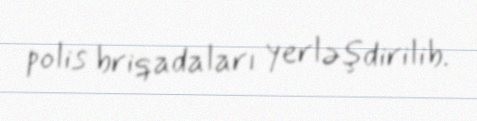
polis briqadaları yerləşdirilib.